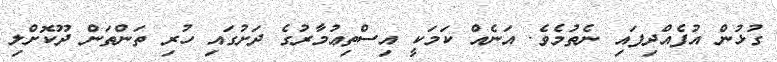
ގުޅުން އުފެއްދިފައި ނެތުމެވެ. އަނެއް ކަމަކީ އިސްތިޢުމާރުގެ ދަށުގައި ހުރި ތަންތަން ދޫކޮށްލި